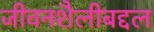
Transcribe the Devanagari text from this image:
जीवनशैलीबद्दल